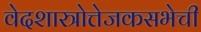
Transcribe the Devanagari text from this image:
वेदशास्त्रोत्तेजकसभेची